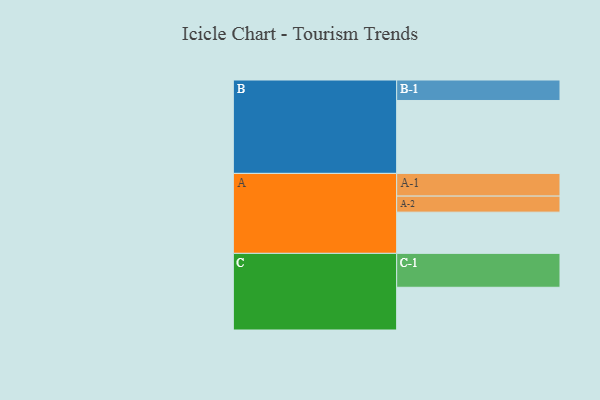
{"axis": {"x": "Segment", "y": "Value"}, "legend": ["", "A", "B", "C"], "data": [{"x": "A", "y": 332, "type": ""}, {"x": "B", "y": 587, "type": ""}, {"x": "C", "y": 344, "type": ""}, {"x": "A-1", "y": 183, "type": "A"}, {"x": "A-2", "y": 129, "type": "A"}, {"x": "B-1", "y": 165, "type": "B"}, {"x": "C-1", "y": 273, "type": "C"}]}